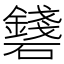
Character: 𥗛